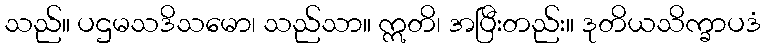
သည်။ ပဌမသဒိသမော၊ သည်သာ။ ဣတိ၊ အပြီးတည်း။ ဒုတိယသိက္ခာပဒံ